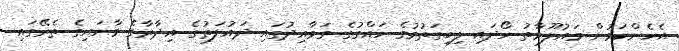
އެހެންކަމުން މައުލޫމާތު ހޯދައި ލިބިގަތުމުގެ ހައްގުގެ ގަވާއިދުގައި ދައުލަތުގެ އިދާރާގެ މާނައިގެ ތެރޭގައި